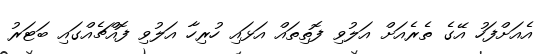
އެއަށްފަހު އޭގެ ތެރެއަށް އަލުވި ފޮތިތައް އަޅައި ހުރިހާ އަލުވި ފޮއްޗެއްގައި ބަޓަރު